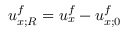
u _ { x ; R } ^ { f } = u _ { x } ^ { f } - u _ { x ; 0 } ^ { f }